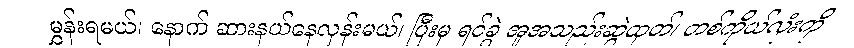
မွှန်းရမယ်၊ နောက် ဆားနယ်နေလှန်းမယ်၊ ပြီးမှ ရင်ခွဲ အူအသည်းဆွဲထုတ်၊ တစ်ကိုယ်လုံးကို